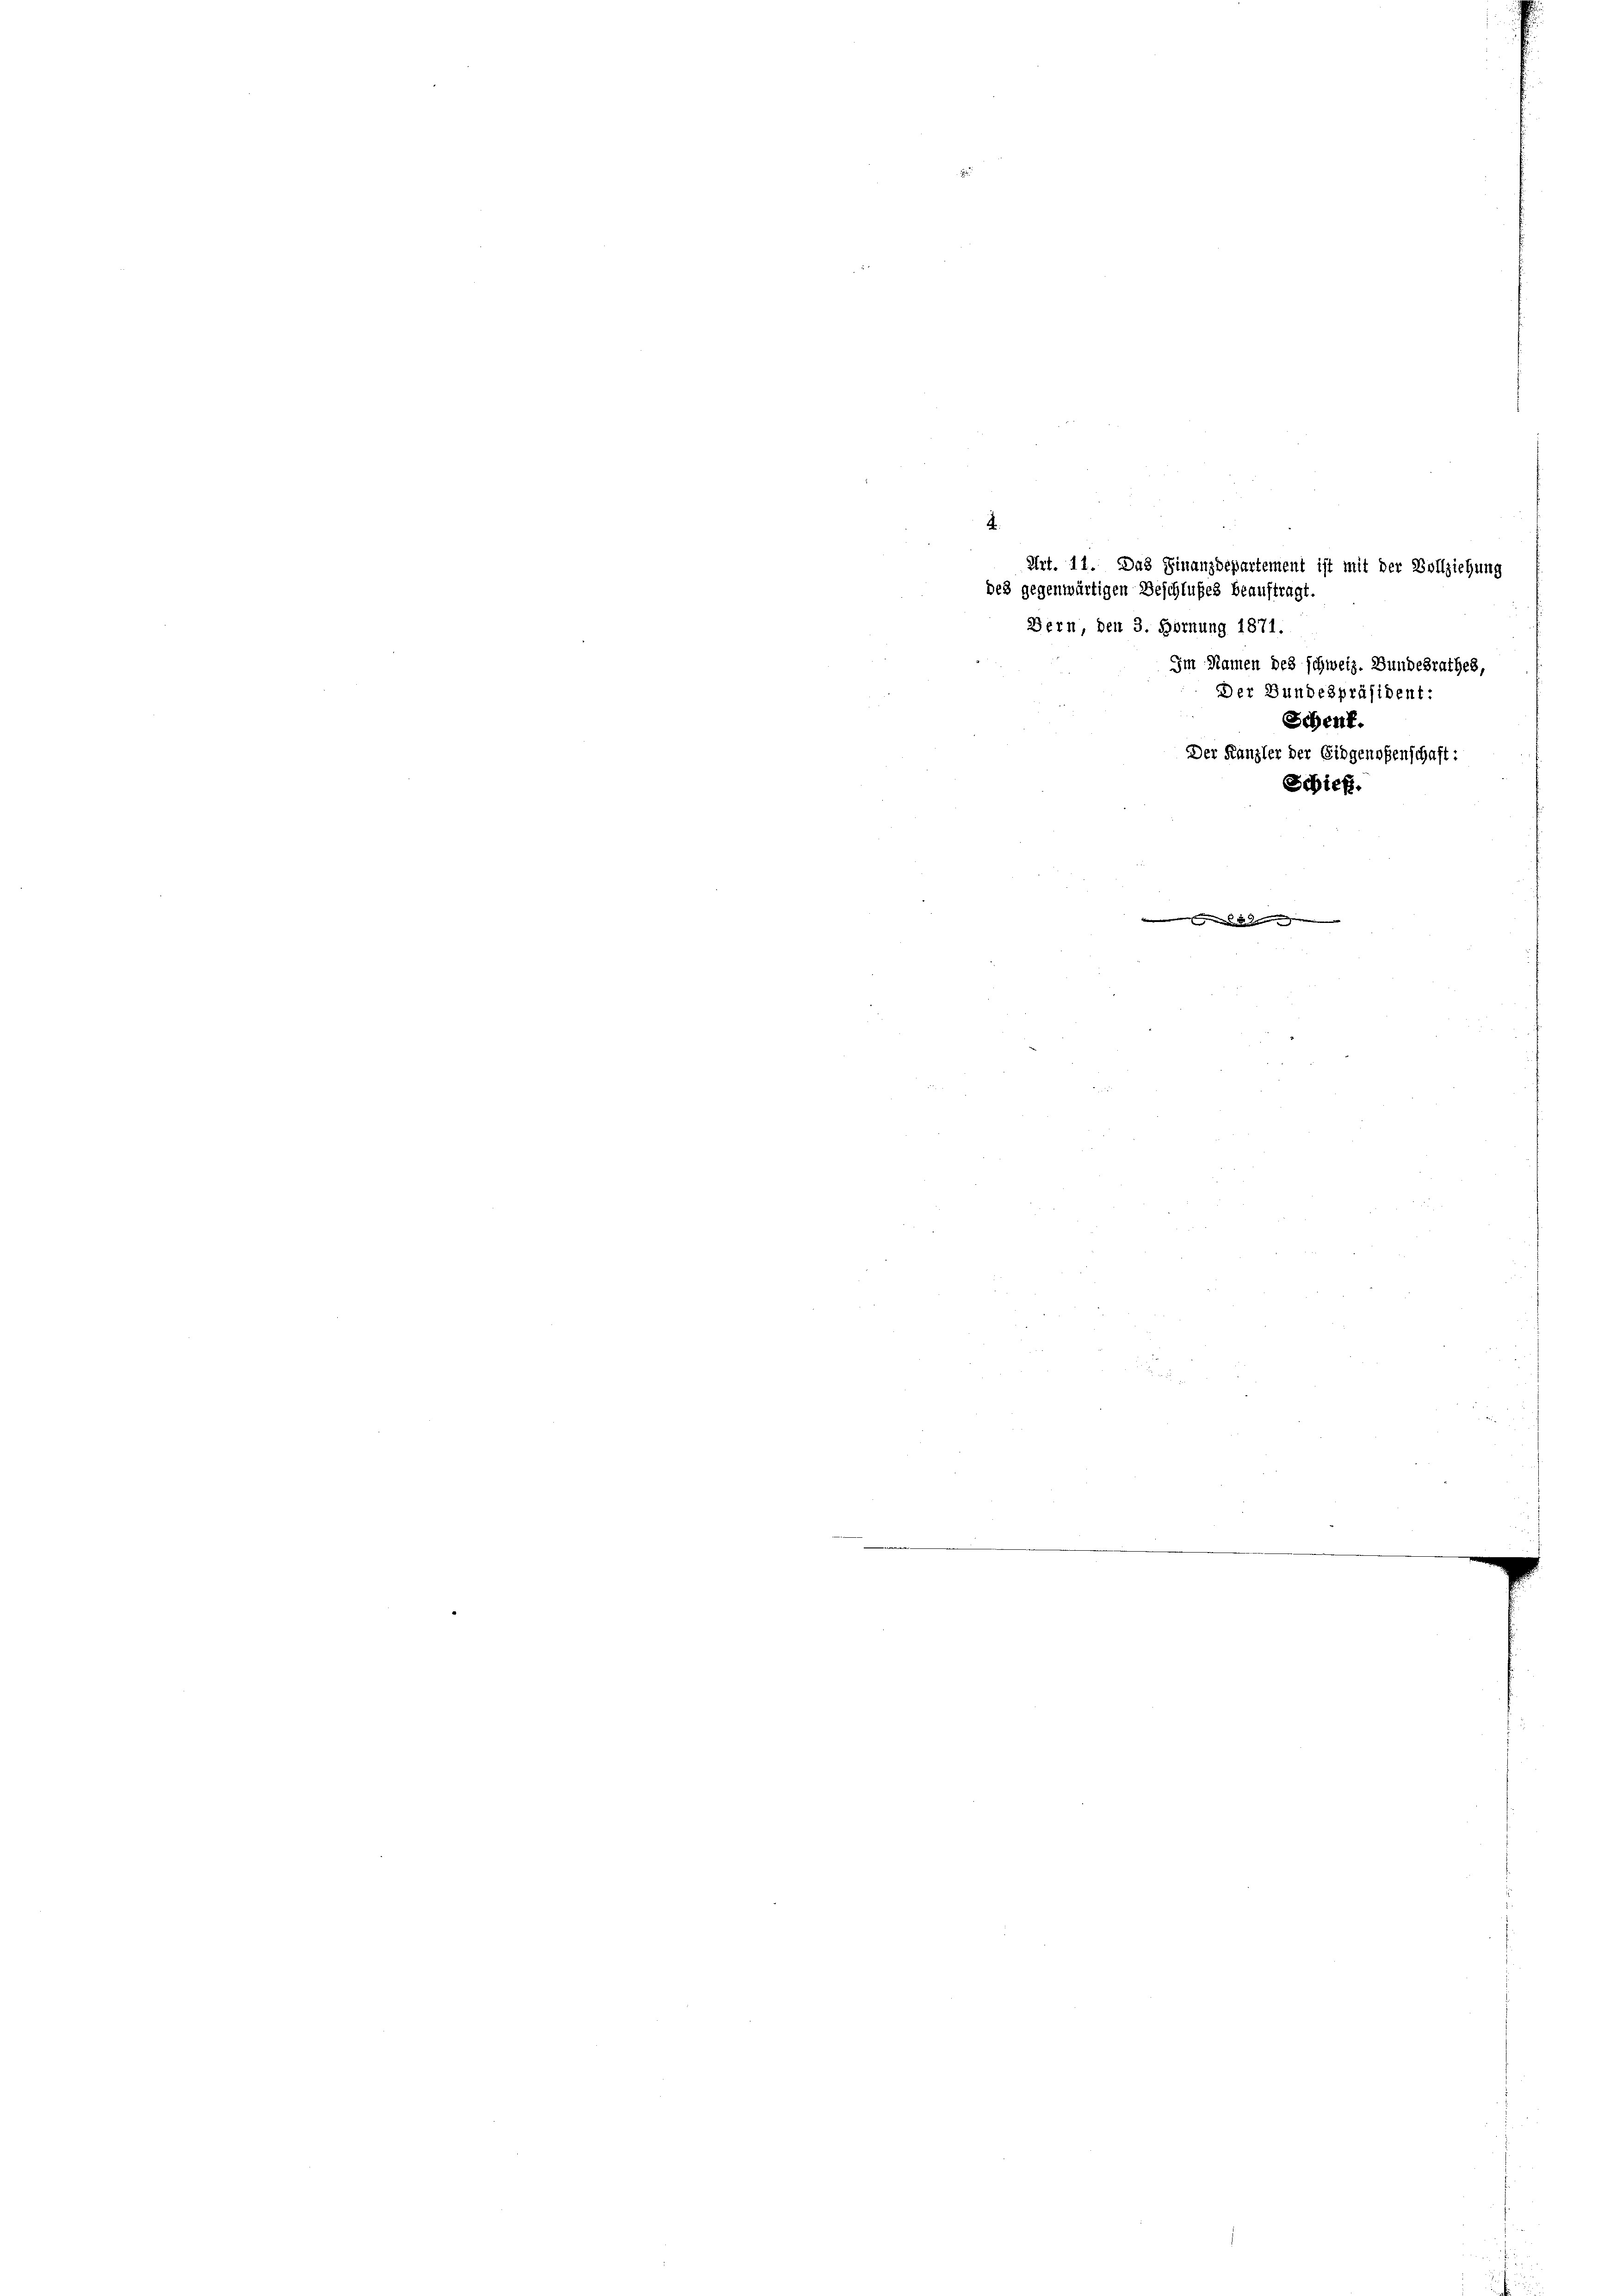
A
Art. 11. Das Finanzdepartement ist mit der Vollziehung
des gegenwärtigen Beschlußes beauftragt.
Bern, den 3. Hornung 1871.

Im Namen des schweiz. Bundesrathes,
s
Der Bundespräsident:
Scheut.
Der Kanzler der Eidgenoßenschaft:
Schieß.
w   den |